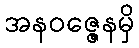
အနဝဇ္ဇေနမှိ